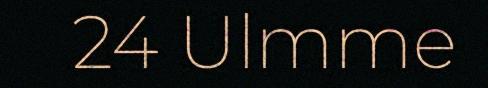
24 Ulmme